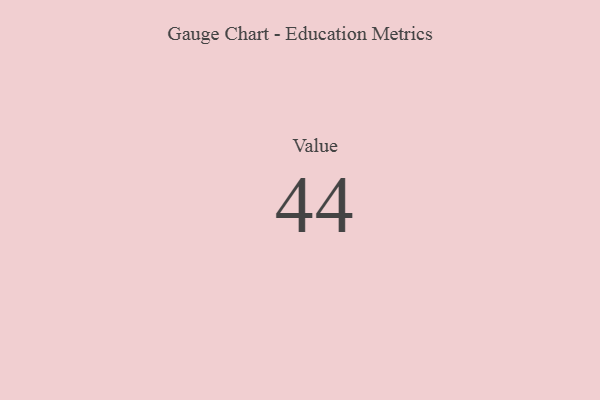
{"axis": {"x": "Metric", "y": "Value"}, "legend": [""], "data": [{"x": "Value", "y": 44, "type": ""}]}